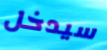
سيدخل